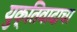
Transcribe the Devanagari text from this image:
युक्तिवादाचा